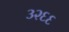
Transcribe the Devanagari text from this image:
३२६६